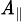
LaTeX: \scriptstyle\mathit{A}_{\parallel}